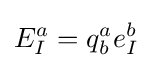
E_{I}^{a}=q_{b}^{a}e_{I}^{b}